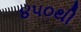
૪૫૦થી